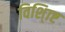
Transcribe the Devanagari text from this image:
विशि्ाष्ट